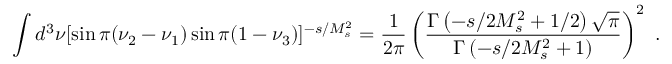
\int d ^ { 3 } \nu [ \sin \pi ( \nu _ { 2 } - \nu _ { 1 } ) \sin \pi ( 1 - \nu _ { 3 } ) ] ^ { - s / M _ { s } ^ { 2 } } = { \frac { 1 } { 2 \pi } } \left( { \frac { \Gamma \left( - s / 2 M _ { s } ^ { 2 } + 1 / 2 \right) \sqrt { \pi } } { \Gamma \left( - s / 2 M _ { s } ^ { 2 } + 1 \right) } } \right) ^ { 2 } \ .